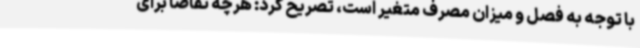
با توجه به فصل و میزان مصرف متغیر است، تصریح کرد: هرچه تقاضا برای